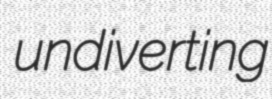
undiverting